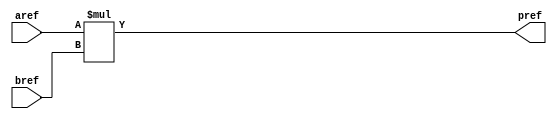
`timescale 1ns / 1ps
//////////////////////////////////////////////////////////////////////////////////
// Company: 
// Engineer: 
// 
// Design Name: 
// Module Name: inferred_multiplier
// Project Name: 
// Target Devices: 
// Tool Versions: 
// Description: 
// 
// Dependencies: 
// 
// Revision:
// Revision 0.01 - File Created
// Additional Comments:
// 
//////////////////////////////////////////////////////////////////////////////////


module inferred_multiplier(aref,bref,pref);
input [3:0] aref;
input [3:0] bref;
output [7:0] pref;
assign pref = aref*bref;
endmodule